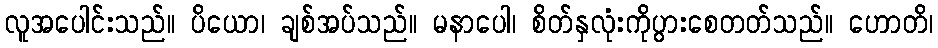
လူအပေါင်းသည်။ ပိယော၊ ချစ်အပ်သည်။ မနာပေါ၊ စိတ်နှလုံးကိုပွားစေတတ်သည်။ ဟောတိ၊